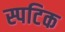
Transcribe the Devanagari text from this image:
स्पटिक